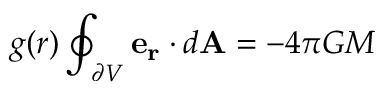
g ( r ) \oint _ { \partial V } \mathbf { e _ { r } } \cdot d \mathbf { A } = - 4 \pi G M